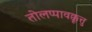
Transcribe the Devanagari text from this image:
तोलप्पावक्कूत्तु